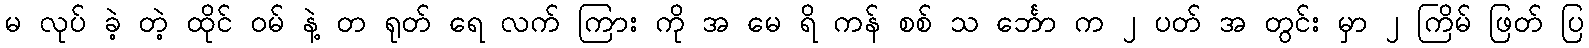
မ လုပ် ခဲ့ တဲ့ ထိုင် ဝမ် နဲ့ တ ရုတ် ရေ လက် ကြား ကို အ မေ ရိ ကန် စစ် သ င်္ဘော က ၂ ပတ် အ တွင်း မှာ ၂ ကြိမ် ဖြတ် ပြ